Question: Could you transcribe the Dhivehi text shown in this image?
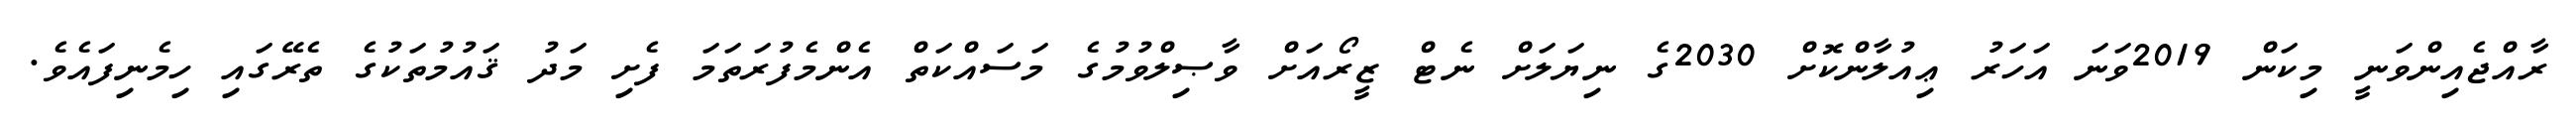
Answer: ރާއްޖެއިންވަނީ މިކަން 2019ވަނަ އަހަރު ޢިއުލާންކޮށް 2030ގެ ނިޔަލަށް ނެޓް ޒީރޯއަށް ވާޞިލްވުމުގެ މަސައްކަތް އެންމެފުރަތަމަ ފެށި މަދު ޤައުމުތަކުގެ ތެރޭގައި ހިމެނިފައެވެ.